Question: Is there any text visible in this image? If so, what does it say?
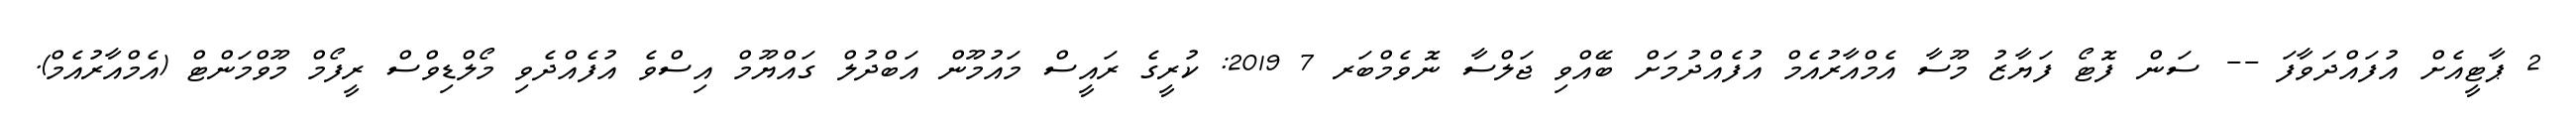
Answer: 2 ޕާޓީއެށް އުފައްދަވާފަ -- ސަން ފޮޓޯ ފަޔާޒު މޫސާ އެމްއާރުއެމް އުފެއްދުމަށް ބޭއްވި ޖަލްސާ ނޮވެމްބަރ 7 2019: ކުރީގެ ރައީސް މައުމޫން އަބްދުލް ގައްޔޫމް އިސްވެ އުފެއްދެވި މޯލްޑިވްސް ރީފޯމް މޫވްމަންޓް (އެމްއާރުއެމް).